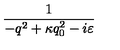
\frac { 1 } { - q ^ { 2 } + \kappa q _ { 0 } ^ { 2 } - i \varepsilon }